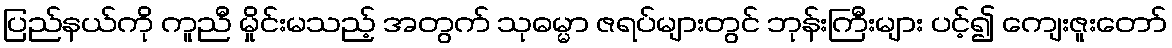
ပြည်နယ်ကို ကူညီ မှိုင်းမသည့် အတွက် သုဓမ္မာ ဇရပ်များတွင် ဘုန်းကြီးများ ပင့်၍ ကျေးဇူးတော်